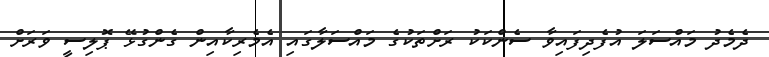
ދެމެދު މައްސަލަ އުފެދިފައިވާ ސެންކަކު ރަށްތަކުގެ މައްސަލާގައި އެމެރިކާއިން ގެންގުޅޭ ޕޮލިސީ ވަރަށް